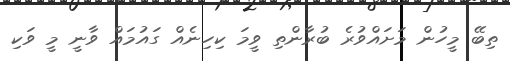
ތިބޭ މީހުން މަށައްވުރެ ބުރާންތި ވީމަ ކިހިނެއް ގައުމައް ވާނީ މީ ވަކި